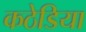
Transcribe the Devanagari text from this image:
कठेडिया